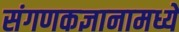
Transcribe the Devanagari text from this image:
संगणकज्ञानामध्ये